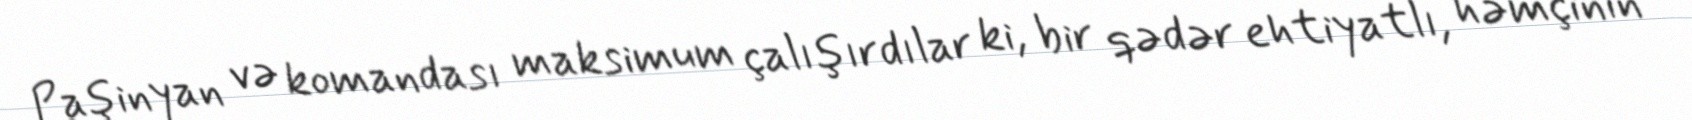
Paşinyan və komandası maksimum çalışırdılar ki, bir qədər ehtiyatlı, həmçinin